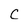
Character: C